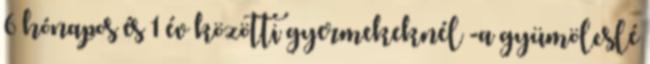
6 hónapos és 1 év közötti gyermekeknél -a gyümölcslé